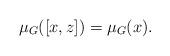
LaTeX: \begin{align*} \mu_G([x,z]) = \mu_G(x).\end{align*}